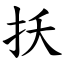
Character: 扷